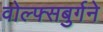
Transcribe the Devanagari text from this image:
वोल्फ्सबुर्गने